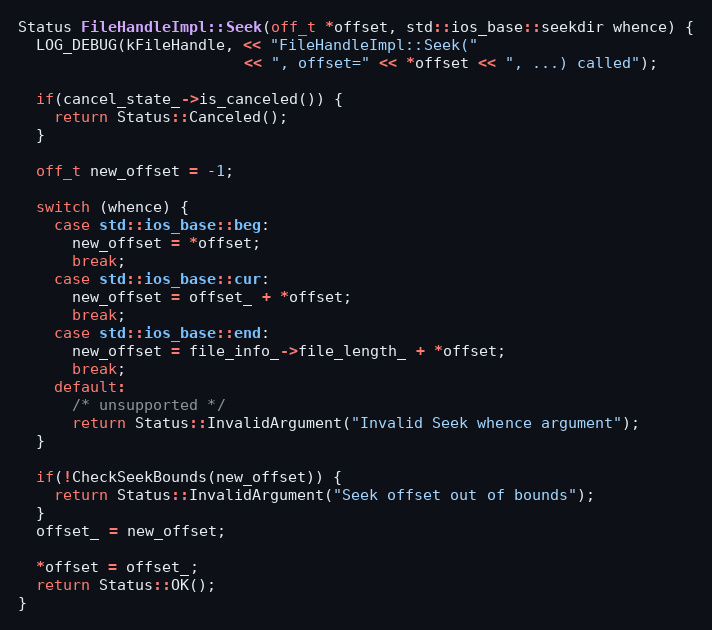
Language: C++
Status FileHandleImpl::Seek(off_t *offset, std::ios_base::seekdir whence) {
  LOG_DEBUG(kFileHandle, << "FileHandleImpl::Seek("
                         << ", offset=" << *offset << ", ...) called");

  if(cancel_state_->is_canceled()) {
    return Status::Canceled();
  }

  off_t new_offset = -1;

  switch (whence) {
    case std::ios_base::beg:
      new_offset = *offset;
      break;
    case std::ios_base::cur:
      new_offset = offset_ + *offset;
      break;
    case std::ios_base::end:
      new_offset = file_info_->file_length_ + *offset;
      break;
    default:
      /* unsupported */
      return Status::InvalidArgument("Invalid Seek whence argument");
  }

  if(!CheckSeekBounds(new_offset)) {
    return Status::InvalidArgument("Seek offset out of bounds");
  }
  offset_ = new_offset;

  *offset = offset_;
  return Status::OK();
}